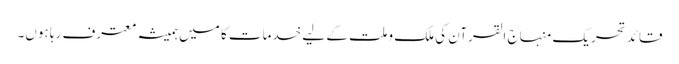
قائد تحریک منہاج القرآن کی ملک و ملت کے لیے خدمات کا میں ہمیشہ معترف رہا ہوں۔